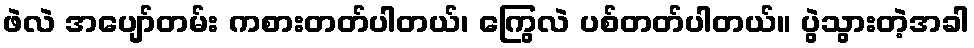
ဖဲလဲ အပျော်တမ်း ကစားတတ်ပါတယ်၊ ကြွေလဲ ပစ်တတ်ပါတယ်။ ပွဲသွားတဲ့အခါ